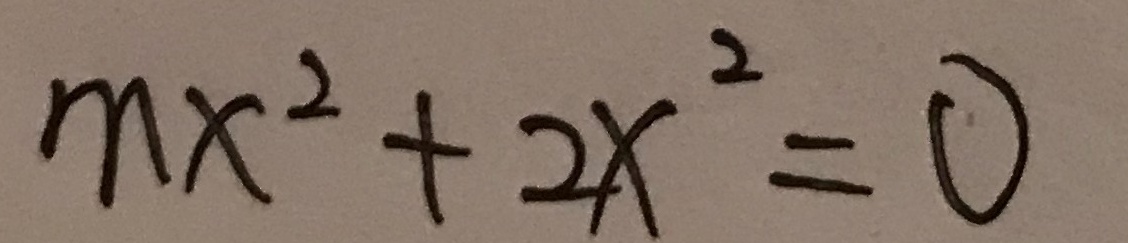
m x ^ { 2 } + 2 x ^ { 2 } = 0